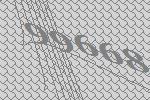
99668